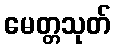
မေတ္တသုတ်